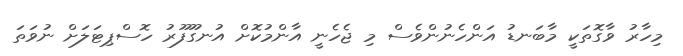
މިހާރު ވާގޮތަކީ މާބަނޑު އަންހެނުންވެސް މި ޖެހެނީ އާންމުކޮށް އުނގޫފޫރު ހޮސްޕިޓަލަށް ނުވަތަ